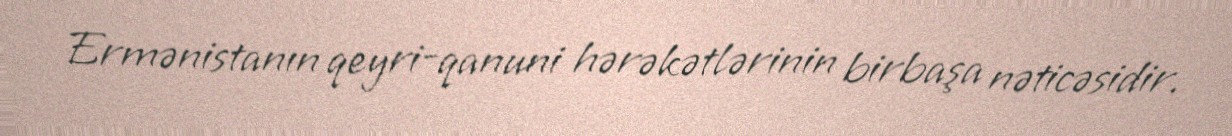
Ermənistanın qeyri-qanuni hərəkətlərinin birbaşa nəticəsidir.